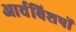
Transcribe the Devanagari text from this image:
आर्चबिशपों